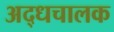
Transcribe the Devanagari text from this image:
अद्धचालक